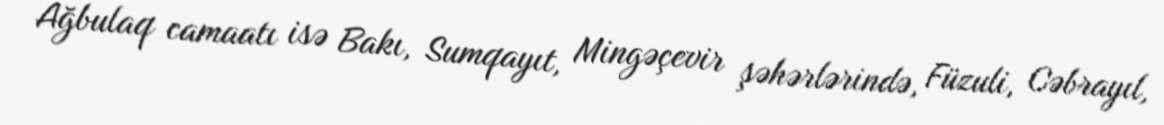
Ağbulaq camaatı isə Bakı, Sumqayıt, Mingəçevir şəhərlərində, Füzuli, Cəbrayıl,